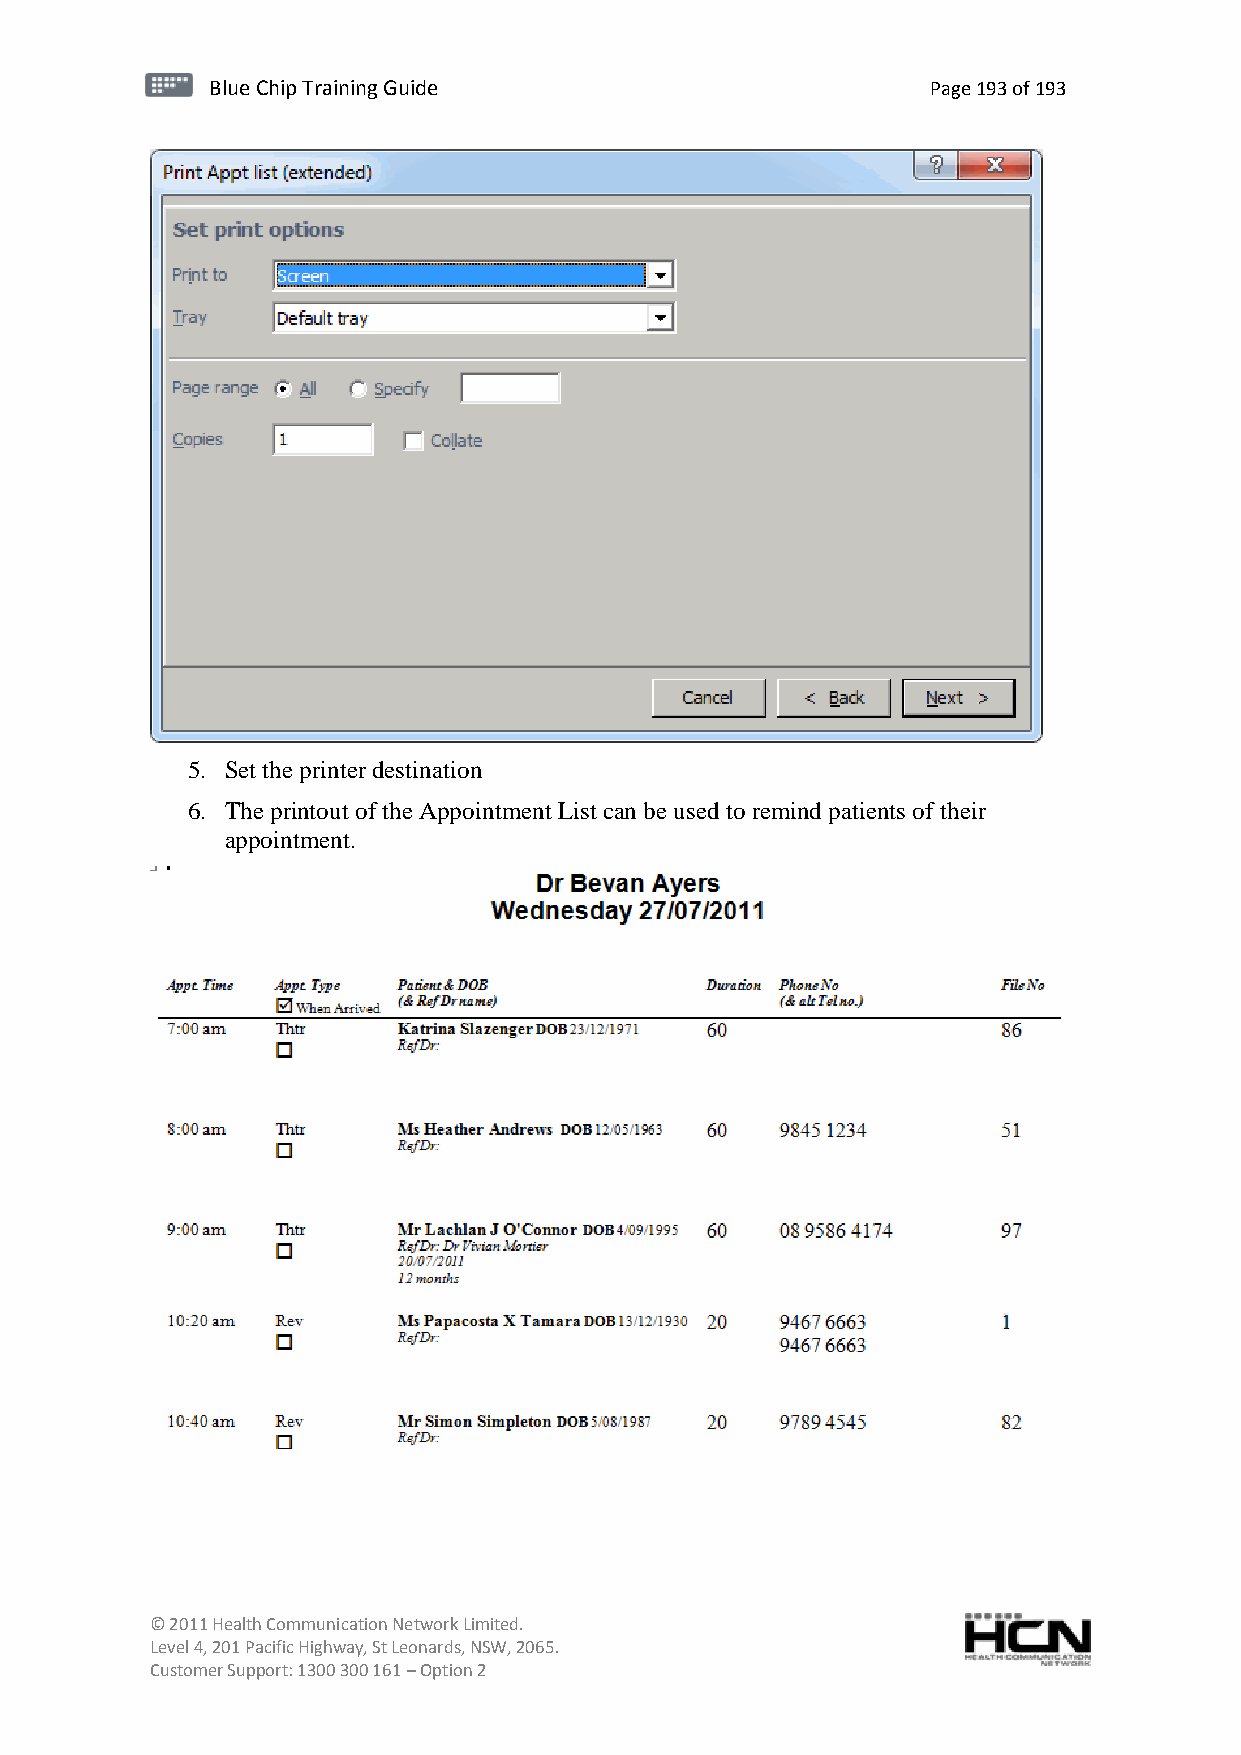
BBlluuee C Chihpi pTr Tairnainingi Gnugi dGeu ide Page 193 of 193
 5. Set the printer destination
 6. The printout of the Appointment List can be used to remind patients of their
 appointment.
 © 2011 Health Communication Network Limited.
 Level 4, 201 Pacific Highway, St Leonards, NSW, 2065.
 Customer Support: 1300 300 161 – Option 2